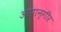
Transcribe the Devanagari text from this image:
आपान्गीर